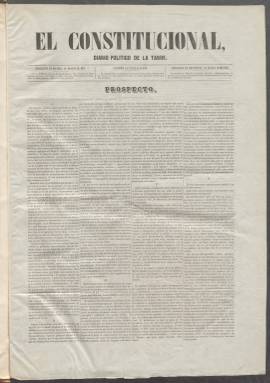
Título: El Constitucional (Madrid. 1851)
Colección: Periódicos
Ámbito geográfico: Madrid
Lugar de publicación: Madrid
Fechas: 01/01/1851-08/10/1852